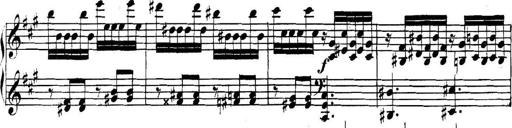
Title: Collected Piano Sonatas
Composer: Muzio Clementi